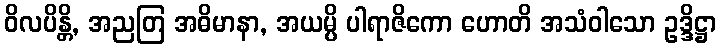
ဝိလပိန္တိ, အညတြ အဓိမာနာ, အယမ္ပိ ပါရာဇိကော ဟောတိ အသံဝါသော ဥဒ္ဒိဋ္ဌာ